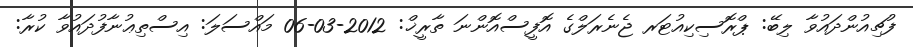
ފުޗިއުންދައުވާ ލިބޭ: ޕްރޮސިކިއުޓަރ ޖެނެރަލްގެ އޮފީސްއޮންނަ ތާރީޚް: 2012-03-06 މައްސަލަ: އިސްތިޢުނާފުދައުވާ ކުރާ: